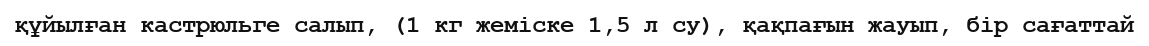
құйылған кастрюльге салып, (1 кг жеміске 1,5 л су), қақпағын жауып, бір сағаттай